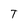
Character: T